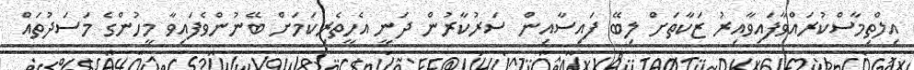
އިލްތިމާސްކުރައްވާފައިވާއިރު ޒަކާތަށް ލިބޭ ފައިސާއިން ސަރުކާރުން ދަނީ އެހީތެރިކަމަށް ބޭނުންވެފައިވާ މީހުންގެ މަސަދުތައް